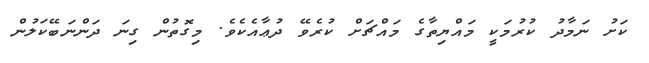
ކަށު ނަމާދު ކުރުމަކީ މައްޔިތާގެ މައްޗަށް ކުރެވޭ ދުޢާއެކެވެ. މިގޮތުން ގިނަ ދަންނަބޭކަލުން